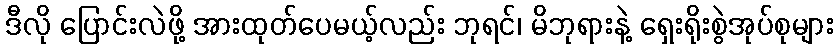
ဒီလို ပြောင်းလဲဖို့ အားထုတ်ပေမယ့်လည်း ဘုရင်၊ မိဘုရားနဲ့ ရှေးရိုးစွဲအုပ်စုများ